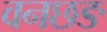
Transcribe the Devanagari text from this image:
वनछङ